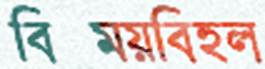
বিস্ময়বিহ্বল